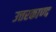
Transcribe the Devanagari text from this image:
उत्तरकाण्द